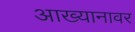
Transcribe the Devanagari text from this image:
आख्यानावर